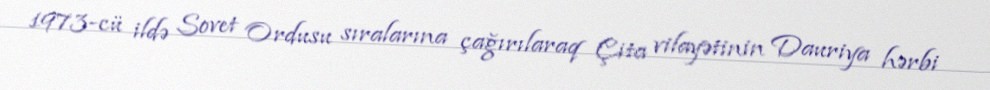
1973-cü ildə Sovet Ordusu sıralarına çağırılaraq Çita vilayətinin Dauriya hərbi